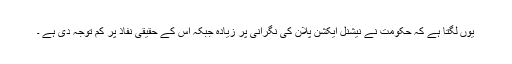
یوں لگتا ہے کہ حکومت نے نیشنل ایکشن پلان کی نگرانی پر زیادہ جبکہ اس کے حقیقی نفاذ پر کم توجہ دی ہے ۔